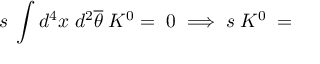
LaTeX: s \; \int d ^ { 4 } x \; d ^ { 2 } \overline { { { \theta } } } \; K ^ { 0 } = \; 0 \; \Longrightarrow \; s \; K ^ { 0 } \; = \;